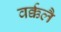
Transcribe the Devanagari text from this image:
वर्क्कलै